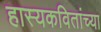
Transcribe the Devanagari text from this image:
हास्यकवितांच्या